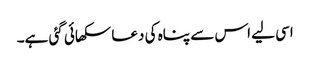
اسی لیے اس سے پناہ کی دعا سکھائی گئی ہے۔